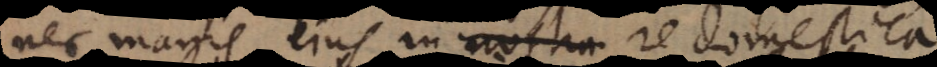
nec magis ejus in re domestica